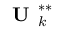
\textbf { U } _ { k } ^ { * * }